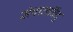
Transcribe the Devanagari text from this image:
संपातबिंदू